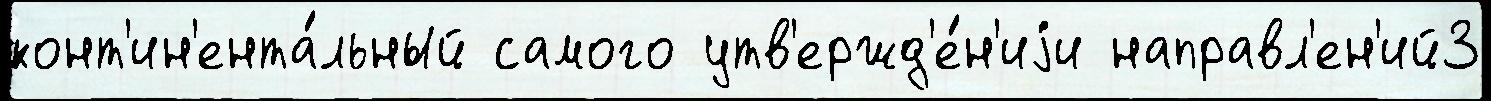
конт'ин'ента́льный самого утв'ержд'е́н'иjи направл'ен'ий3